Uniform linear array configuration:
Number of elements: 16
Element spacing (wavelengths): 0.5
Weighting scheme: uniform
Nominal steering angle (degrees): -45
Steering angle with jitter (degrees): -43.805
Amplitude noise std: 0.05
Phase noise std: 0.05

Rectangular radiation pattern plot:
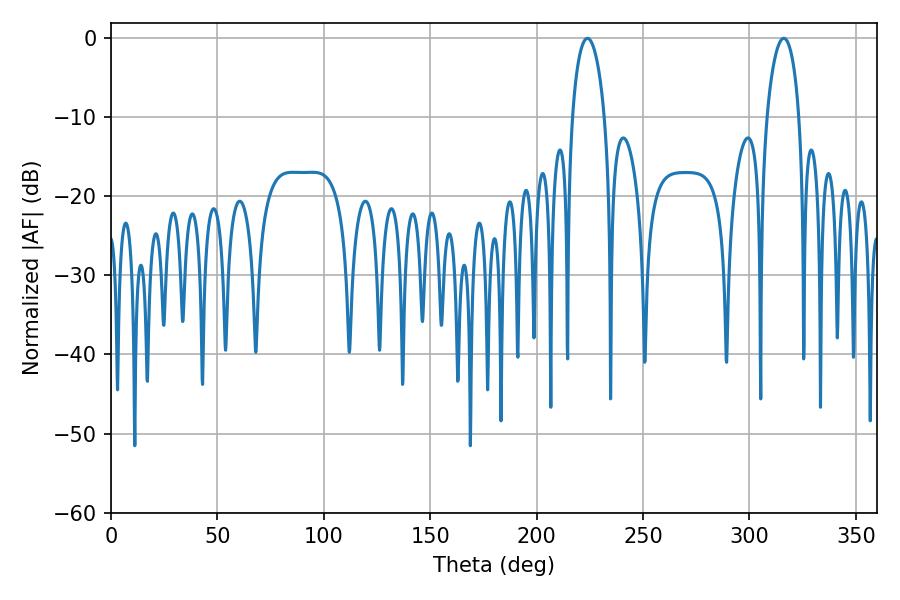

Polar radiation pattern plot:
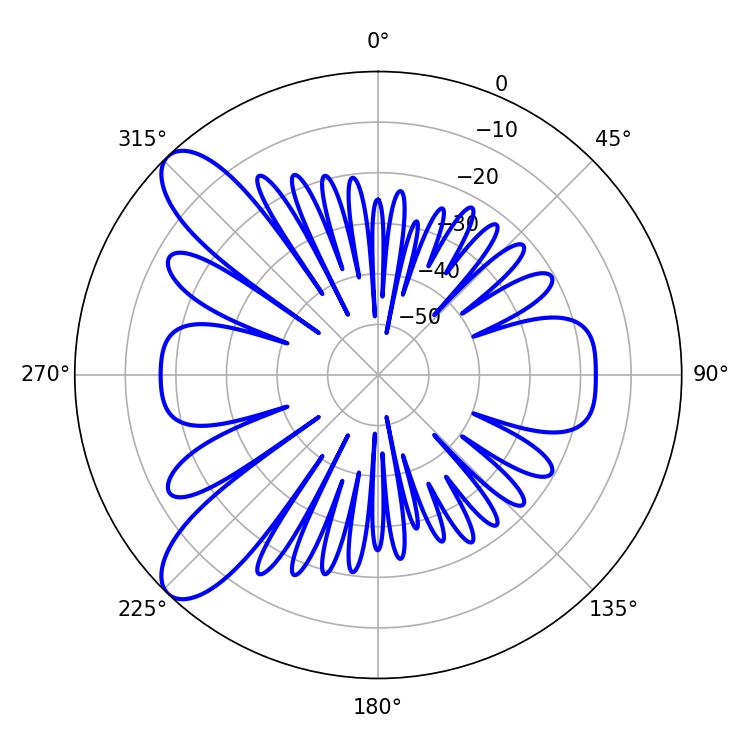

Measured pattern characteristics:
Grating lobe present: FALSE
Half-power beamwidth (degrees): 8.82
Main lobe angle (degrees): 223.92